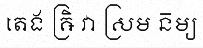
តេង ឝ្រិ វា ស្រម ន៑ម្យ